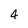
Character: 4